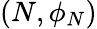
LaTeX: (N,\phi_{N})